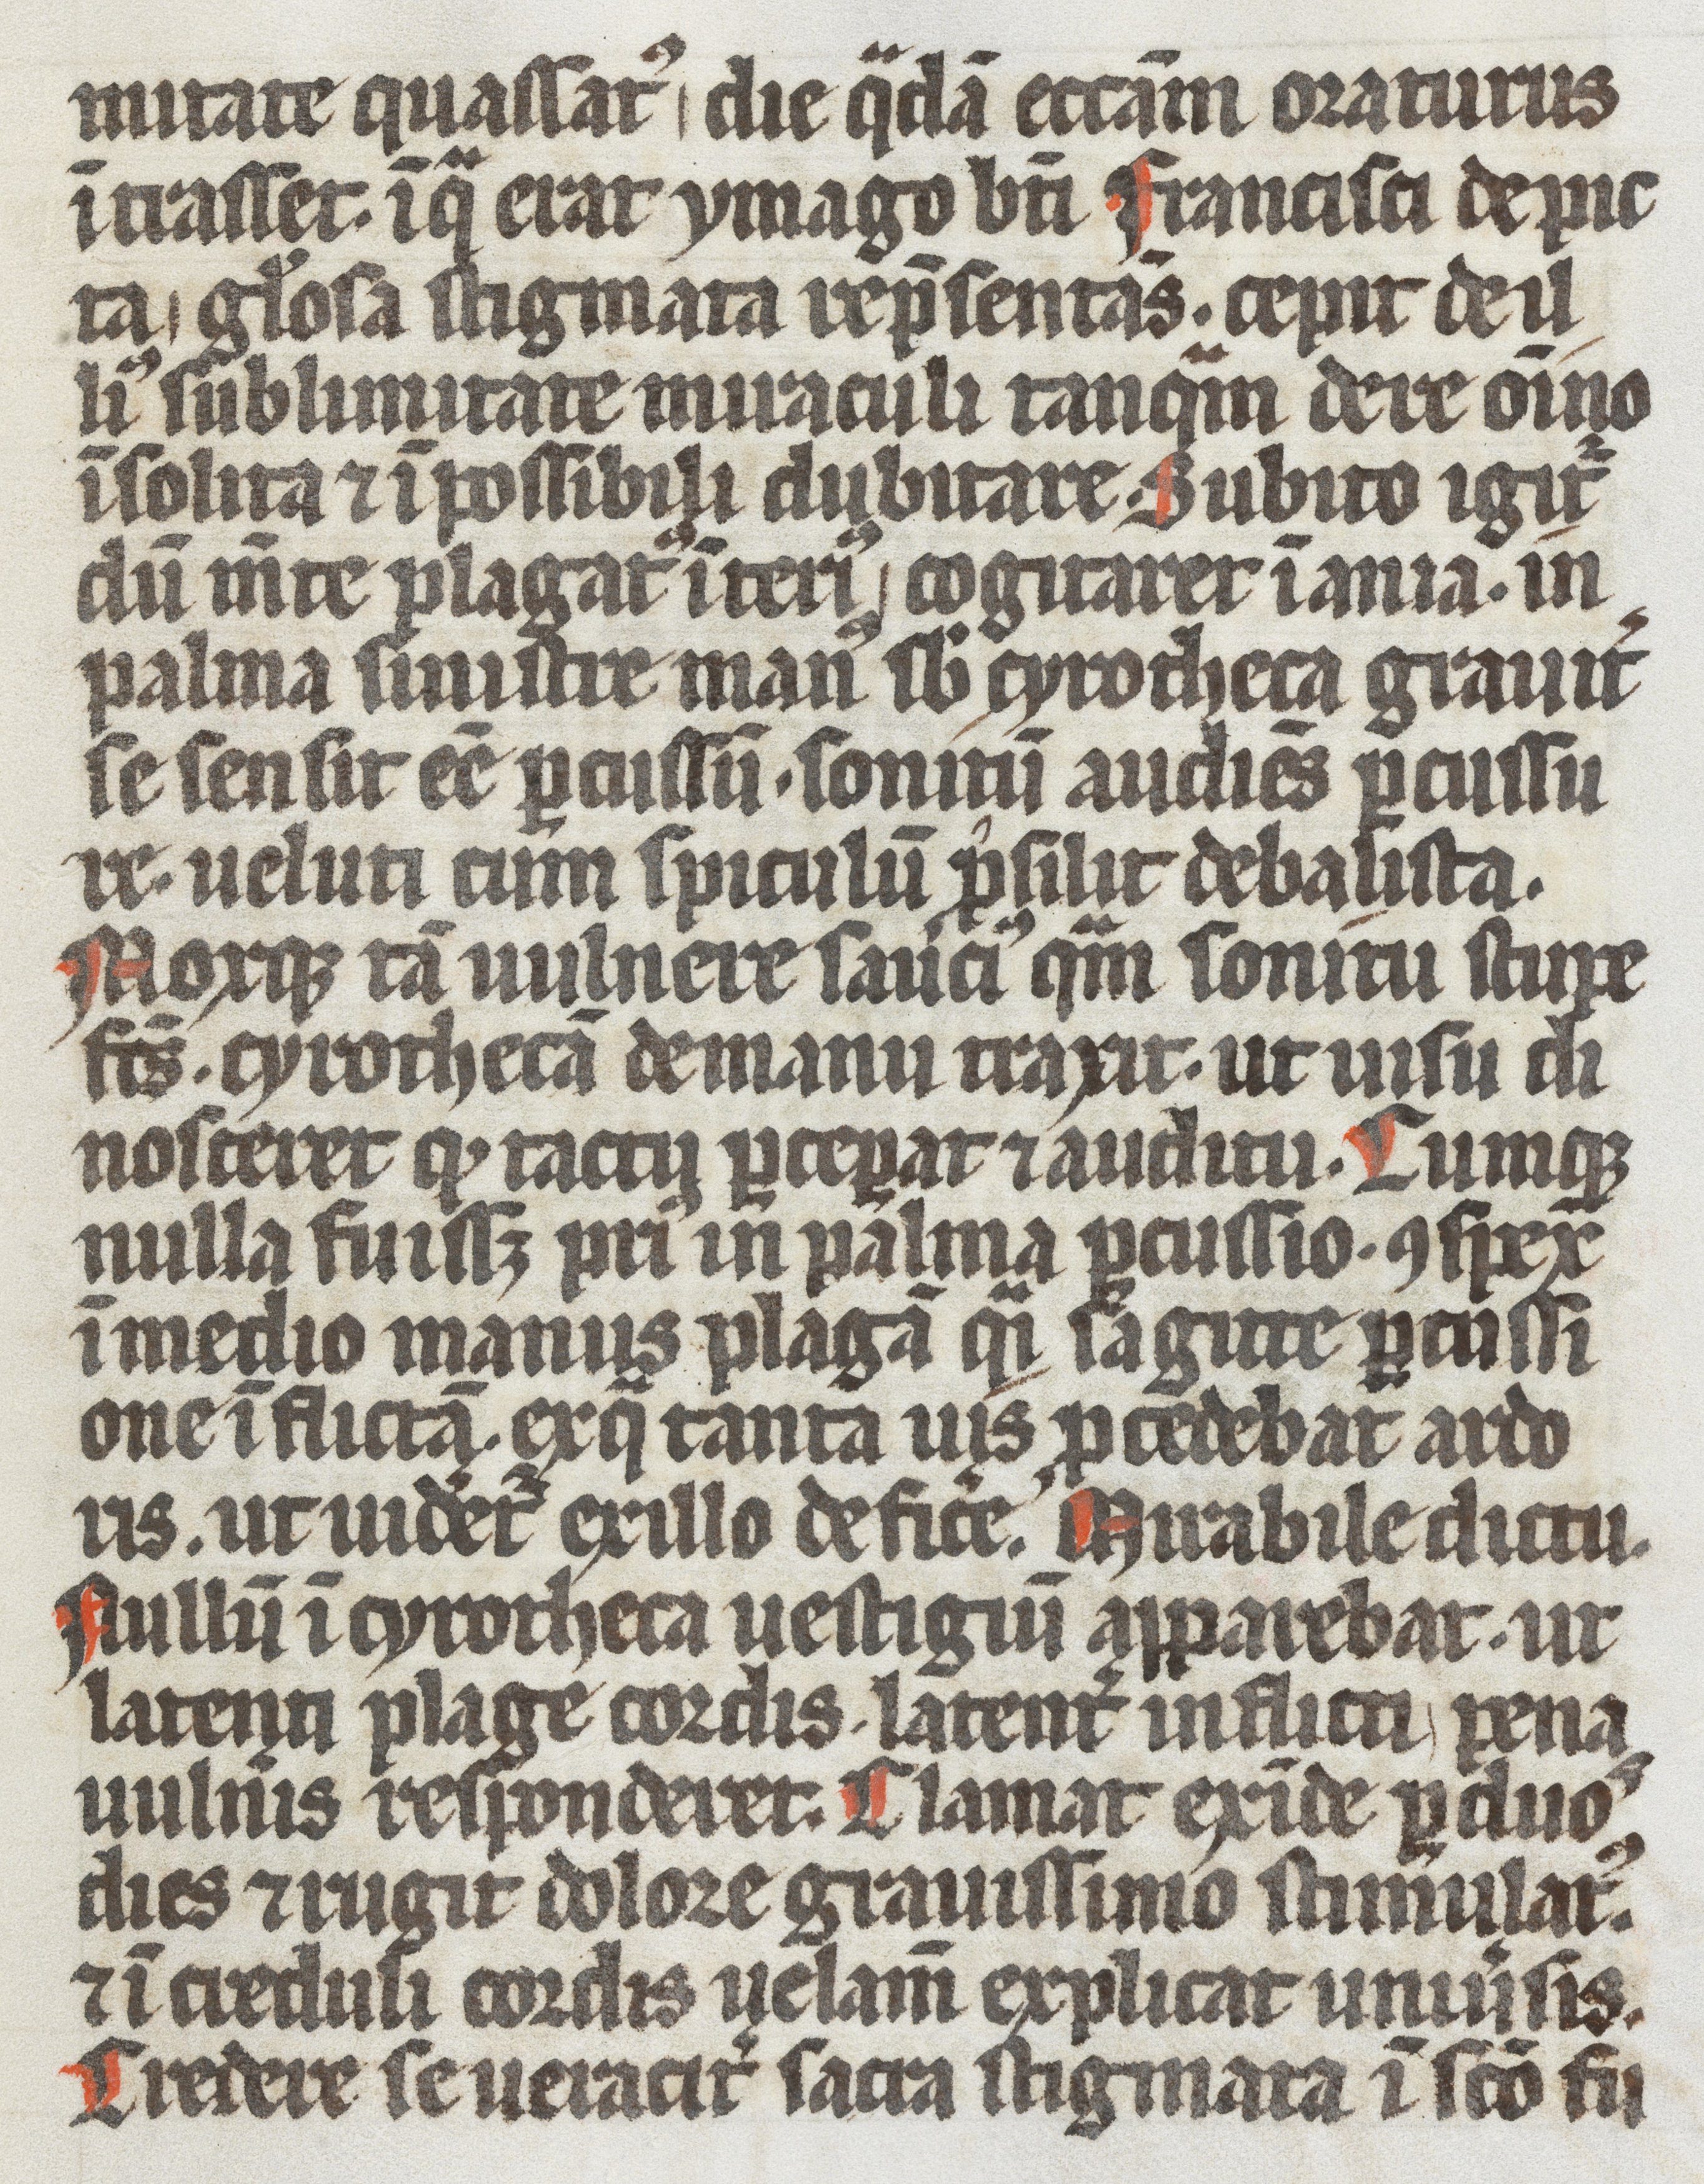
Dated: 1337–1337